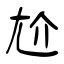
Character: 尬